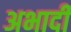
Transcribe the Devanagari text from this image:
अभादी